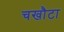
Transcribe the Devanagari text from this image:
चखौटा